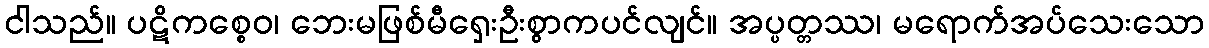
ငါသည်။ ပဋိကစ္စေဝ၊ ဘေးမဖြစ်မီရှေးဦးစွာကပင်လျင်။ အပ္ပတ္တဿ၊ မရောက်အပ်သေးသော